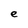
Character: e